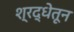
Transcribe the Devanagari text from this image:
श्रद्धेतून